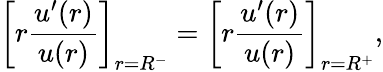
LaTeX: \left[r\frac{u^{\prime}(r)}{u(r)}\right]_{r=R^{-}}=\left[r\frac{u^{\prime}(r)}{u(r)}\right]_{r=R^{+}},